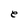
Character: e